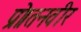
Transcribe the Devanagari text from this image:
प्रो।तनवीर